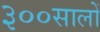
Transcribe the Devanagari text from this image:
३००सालों